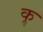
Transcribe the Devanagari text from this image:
कॢ